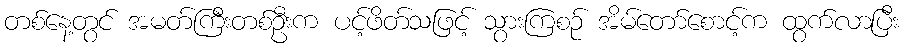
တစ်နေ့တွင် အမတ်ကြီးတစ်ဦးက ပင့်ဖိတ်သဖြင့် သွားကြစဉ် အိမ်တော်စောင့်က ထွက်လာပြီး